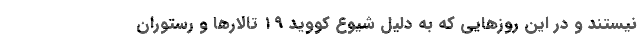
نیستند و در این روزهایی که به دلیل شیوع کووید ۱۹ تالارها و رستوران